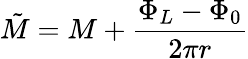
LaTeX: \tilde{M}=M+\frac{\Phi_{L}-\Phi_{0}}{2\pi r}